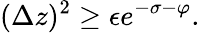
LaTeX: (\Delta z)^{2}\ge\epsilon e^{-\sigma-\varphi}.